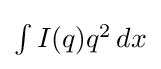
{\textstyle \int I(q)q^{2}\,dx}